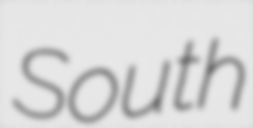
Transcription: South